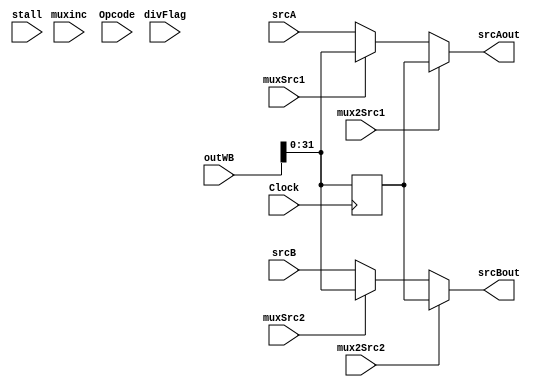
module aluWB(input Clock,
				 input [31:0] srcA,srcB,
				 input [63:0] outWB,
				 input muxSrc1,muxinc,muxSrc2,mux2Src1,mux2Src2,
				 input [2:0] Opcode,input divFlag,stall,
				 output reg [31:0] srcAout,srcBout );
				 
reg [63:0] outp;
				 
always @ (srcA,srcB,outWB)
begin
	
		srcAout =  mux2Src1?outp[31:0]:muxSrc1?outWB[31:0]:srcA;
		
		srcBout =  mux2Src2?outp[31:0]:muxSrc2?outWB[31:0]:srcB;
end

always @(posedge Clock)
begin
	outp <= outWB;
end	

endmodule